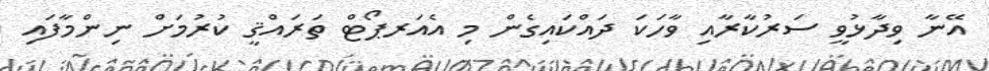
އޭނާ ވިދާޅުވީ ސަރުކާރާއި ވާހަކަ ދައްކައިގެން މި އެއަރޕޯޓް ތަރައްޤީ ކުރުމަށް ނިންމާފައި